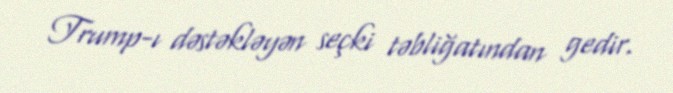
Trump-ı dəstəkləyən seçki təbliğatından gedir.